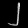
Digit: ၂